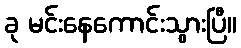
ခု မင်းနေကောင်းသွားပြီ။